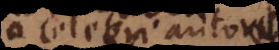
a celebri autore